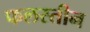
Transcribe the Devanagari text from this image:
फलस्तीन